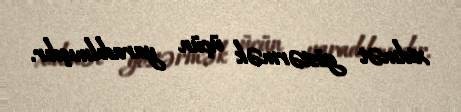
xidmət göstərmək üçün yaradılmışdır.